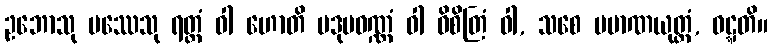
ဥဘောသု ပဿေသု ရတ္တံ ဝါ ဟောတိ ပဒုမဝဏ္ဏံ ဝါ ဝိစိတြံ ဝါ, သစေ ပမာဏယုတ္တံ, ဝဋ္ဋတိ။